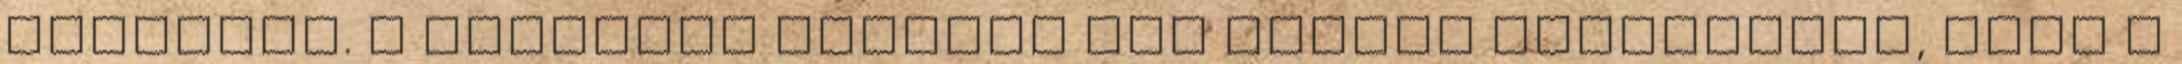
városból. A látottak alapján meg tudtuk állapítani, hogy s